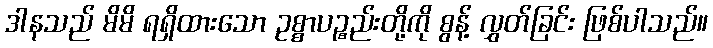
ဒါနသည် မိမိ ရရှိထားသော ဥစ္စာပဉ္စည်းတို့ကို စွန့် လွှတ်ခြင်း ဖြစ်ပါသည်။